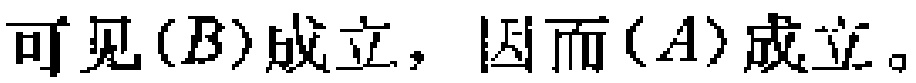
可见\((B)\)成立，因而\((A)\)成立。